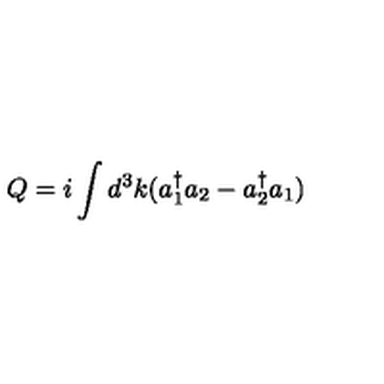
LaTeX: Q = i \int d ^ { 3 } k ( a _ { 1 } ^ { \dag } a _ { 2 } - a _ { 2 } ^ { \dag } a _ { 1 } )